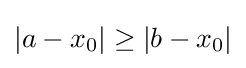
\left|a-x_{0}\right|\geq \left|b-x_{0}\right|